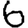
Digit: 6